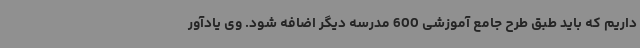
داریم که باید طبق طرح جامع آموزشی 600 مدرسه دیگر اضافه شود. وی یادآور